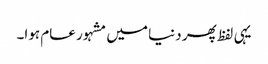
یہی لفظ پھر دنیا میں مشہور عام ہوا۔